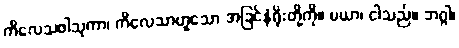
ကိလေသဖါသုကာ၊ ကိလေသာဟူသော အခြင်နံရိုးတို့ကို။ မယာ၊ ငါသည်။ ဘဂ္ဂါ၊